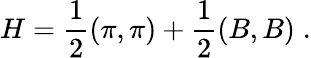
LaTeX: H=\frac{1}{2}(\pi,\pi)+\frac{1}{2}(B,B)\; .